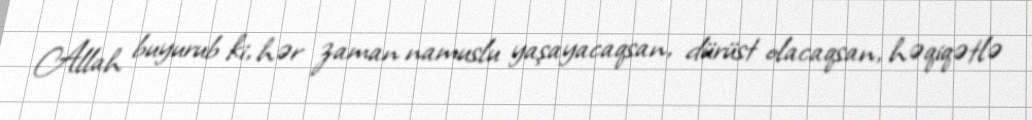
Allah buyurub ki, hər zaman namuslu yaşayacaqsan, dürüst olacaqsan, həqiqətlə